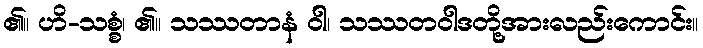
၏။ ဟိ-သစ္စံ၊ ၏။ သဿတာနံ ဝါ၊ သဿတဝါဒတို့အားလည်းကောင်း။